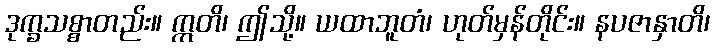
ဒုက္ခသစ္စာတည်း။ ဣတိ၊ ဤသို့။ ယထာဘူတံ၊ ဟုတ်မှန်တိုင်း။ နပဇာနှာတိ၊